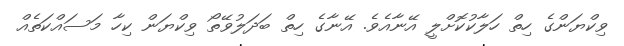
ވިކްޔަންގެ ހިތް ހަލާކުކޮށްލީ އޭނާއެވެ. އޭނާގެ ހިތް ބަދަލުވޭތޯ ވިކްޔަން ކިހާ މަސައްކަތެއް